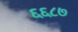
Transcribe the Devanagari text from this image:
६६८७